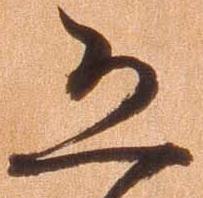
恐